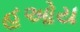
હઓય